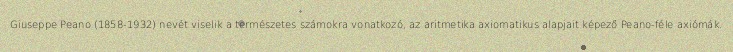
Giuseppe Peano (1858-1932) nevét viselik a természetes számokra vonatkozó, az aritmetika axiomatikus alapjait képező Peano-féle axiómák.